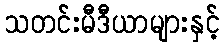
သတင်းမီဒီယာများနှင့်